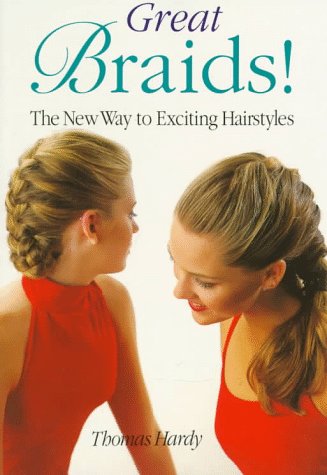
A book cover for Great Braids!: The New Way to Exciting Hairstyles; Thomas Hardy; Health, Fitness & Dieting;